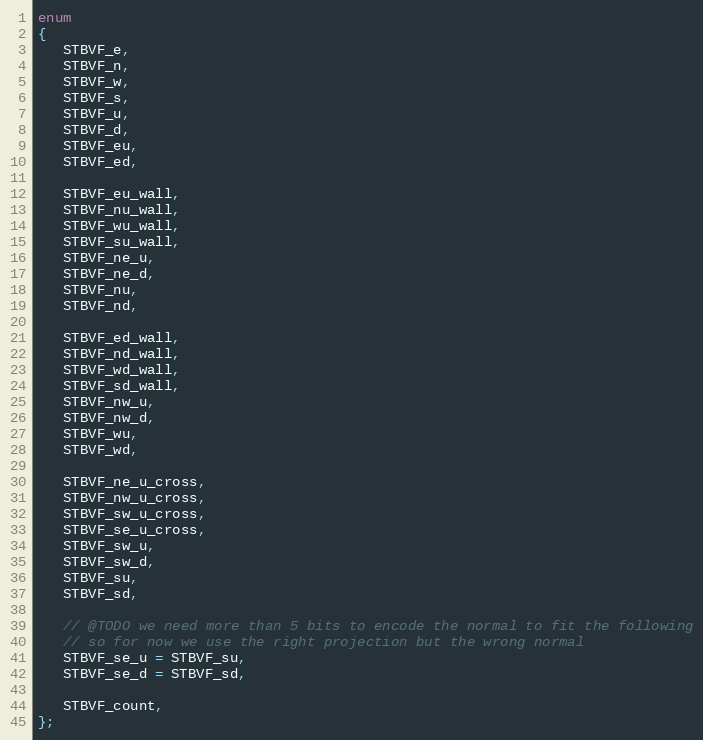
Language: C
enum
{
   STBVF_e,
   STBVF_n,
   STBVF_w,
   STBVF_s,
   STBVF_u,
   STBVF_d,
   STBVF_eu,
   STBVF_ed,

   STBVF_eu_wall,
   STBVF_nu_wall,
   STBVF_wu_wall,
   STBVF_su_wall,
   STBVF_ne_u,
   STBVF_ne_d,
   STBVF_nu,
   STBVF_nd,

   STBVF_ed_wall,
   STBVF_nd_wall,
   STBVF_wd_wall,
   STBVF_sd_wall,
   STBVF_nw_u,
   STBVF_nw_d,
   STBVF_wu,
   STBVF_wd,

   STBVF_ne_u_cross,
   STBVF_nw_u_cross,
   STBVF_sw_u_cross,
   STBVF_se_u_cross,
   STBVF_sw_u,
   STBVF_sw_d,
   STBVF_su,
   STBVF_sd,

   // @TODO we need more than 5 bits to encode the normal to fit the following
   // so for now we use the right projection but the wrong normal
   STBVF_se_u = STBVF_su,
   STBVF_se_d = STBVF_sd,

   STBVF_count,
};